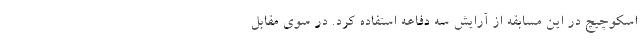
اسکوچیچ در این مسابقه از آرایش سه دفاعه استفاده کرد. در سوی مقابل